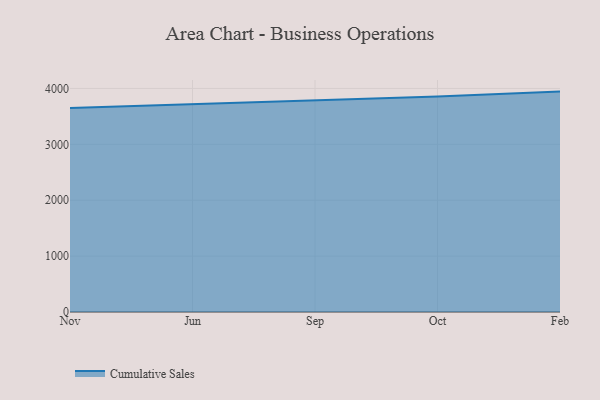
{"axis": {"x": "Month", "y": "Bounce Rate (%)"}, "legend": ["Cumulative Sales"], "data": [{"x": "Nov", "y": 3648.3, "type": "Cumulative Sales"}, {"x": "Jun", "y": 3718.7, "type": "Cumulative Sales"}, {"x": "Sep", "y": 3789.5, "type": "Cumulative Sales"}, {"x": "Oct", "y": 3856.5, "type": "Cumulative Sales"}, {"x": "Feb", "y": 3943.3, "type": "Cumulative Sales"}]}